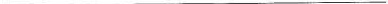
___